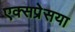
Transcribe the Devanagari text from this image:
एक्सप्रेसया